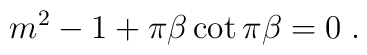
m^2 - 1 + \pi \beta \cot \pi \beta = 0 \; .